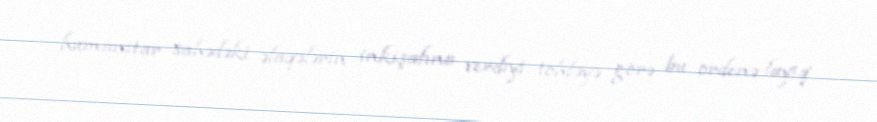
humanitar sahədəki əlaqələrin inkişafına verdiyi töhfəyə görə bu ordenə layiq